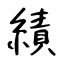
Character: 績